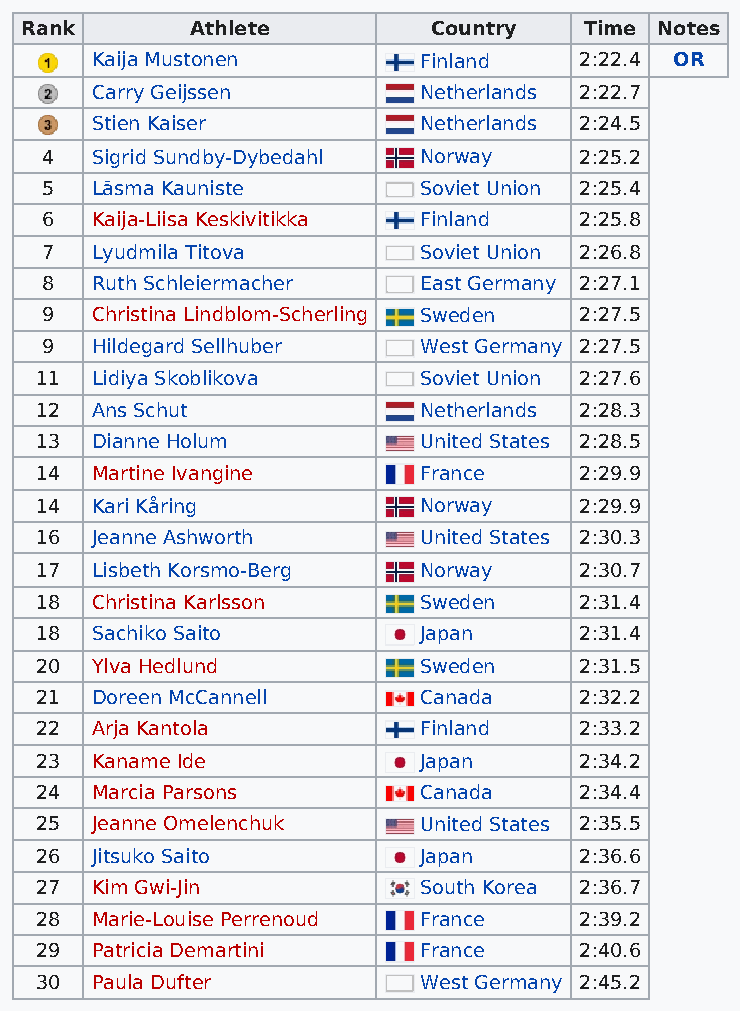
Rank        Athlete         Country   Time Notes
 Kaija Mustonen        Finland   2:22.4 OR
 Carry Geijssen        Netherlands 2:22.7
 Stien Kaiser          Netherlands 2:24.5
 4  Sigrid Sundby-Dybedahl Norway   2:25.2
 5  Lāsma Kauniste        Soviet Union 2:25.4
 6  Kaija-Liisa Keskivitikka Finland 2:25.8
 7  Lyudmila Titova       Soviet Union 2:26.8
 8  Ruth Schleiermacher   East Germany 2:27.1
 9  Christina Lindblom-Scherling Sweden 2:27.5
 9  Hildegard Sellhuber   West Germany 2:27.5
 11  Lidiya Skoblikova     Soviet Union 2:27.6
 12  Ans Schut             Netherlands 2:28.3
 13  Dianne Holum          United States 2:28.5
 14  Martine Ivangine      France    2:29.9
 14  Kari Kåring           Norway    2:29.9
 16  Jeanne Ashworth       United States 2:30.3
 17  Lisbeth Korsmo-Berg   Norway    2:30.7
 18  Christina Karlsson    Sweden    2:31.4
 18  Sachiko Saito         Japan     2:31.4
 20  Ylva Hedlund          Sweden    2:31.5
 21  Doreen McCannell      Canada    2:32.2
 22  Arja Kantola          Finland   2:33.2
 23  Kaname Ide            Japan     2:34.2
 24  Marcia Parsons        Canada    2:34.4
 25  Jeanne Omelenchuk     United States 2:35.5
 26  Jitsuko Saito         Japan     2:36.6
 27  Kim Gwi-Jin           South Korea 2:36.7
 28  Marie-Louise Perrenoud France   2:39.2
 29  Patricia Demartini    France    2:40.6
 30  Paula Dufter          West Germany 2:45.2